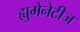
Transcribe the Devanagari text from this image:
ह्युमेनेटीज